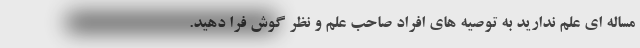
مساله ای علم ندارید به توصیه های افراد صاحب علم و نظر گوش فرا دهید.